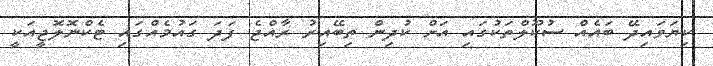
ކިޔަވައިދޭ ބައެއް ސުކޫލްތަކުގައި އަށް ކުދިން ތިބޭއިރު ރާއްޖެ ފަދަ ގައުމެއްގައި ޓެކްނޮލޮޖީއަކީ